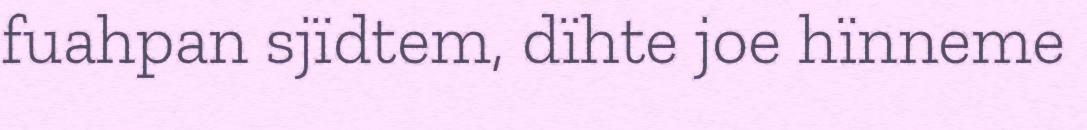
fuahpan sjïdtem, dïhte joe hïnneme